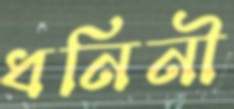
ধনিনী